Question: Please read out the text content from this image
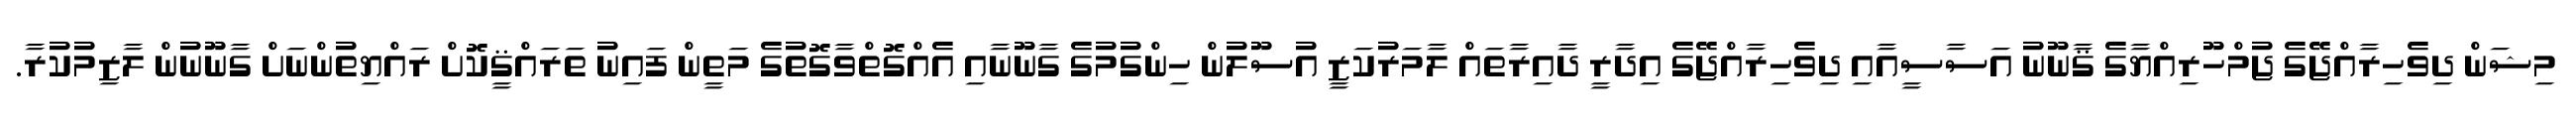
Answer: މިޝަން ދިވެހިރާއްޖޭގެ ޖުމްހޫރިއްޔާގެ ޤާނޫނު އަސާސީއާއި ދިވެހިރާއްޖޭގެ އިދާރީ ދާއިރާތައް ލާމަރުކަޒީ އުސޫލުން ހިންގުމުގެ ގާނޫނާއި އެއްގޮތްވާގޮތުގެ މަތީން ފައިނު ތަރައްޤީކޮށް ރައްޔިތުންނަށް ގާނޫނުން ލާޒިމުކުރާ.